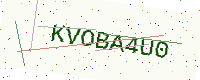
Text: KVOBA4U0